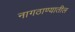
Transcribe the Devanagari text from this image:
नागठाण्यातील